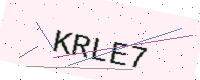
Text: KRLE7